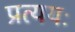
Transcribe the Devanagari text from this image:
प्रत्ययः